Report on vaccination North-West Frontier Province 1904-1922 - 1904-1922
Year: 1904
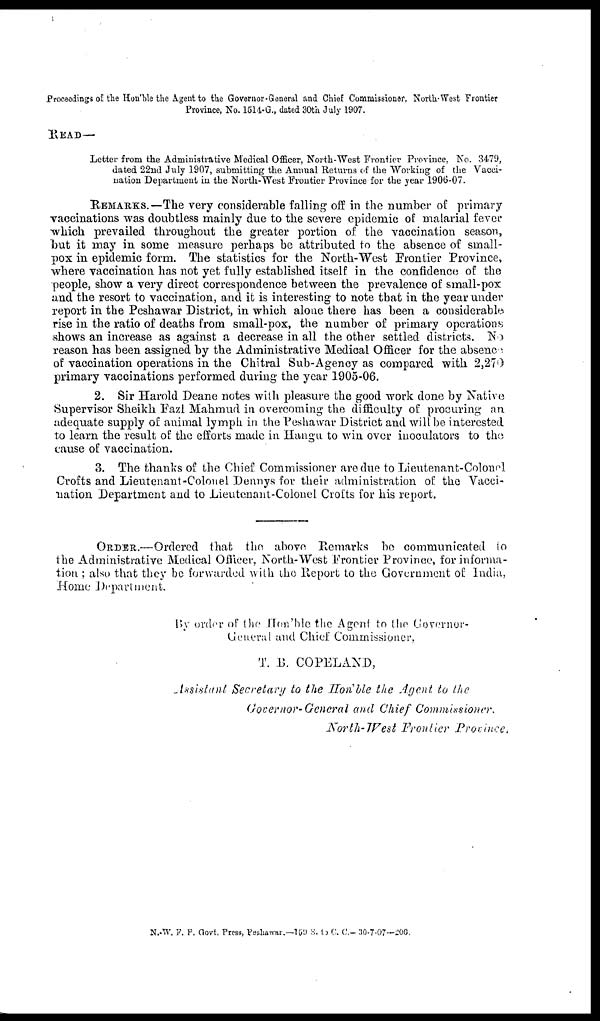
Proceedings of the Hon'ble the Agent to the Governor-General and Chief Commissioner, North-West Frontier
Province, No. 1514-G., dated 30th July 1907.
READ—
Letter from the Administrative Medical Officer, North-West Frontier Province, No. 3479,
dated 22nd July 1907, submitting the Annual Returns of the Working of the Vacci-
nation Department in the North-West Frontier Province for the year 1906-07.
REMARKS.—The very considerable falling off in the number of primary
vaccinations was doubtless mainly due to the severe epidemic of malarial fever
which prevailed throughout the greater portion of the vaccination season,
but it may in some measure perhaps be attributed to the absence of small-
pox in epidemic form. The statistics for the North-West Frontier Province,
where vaccination has not yet fully established itself in the confidence of the
people, show a very direct correspondence between the prevalence of small-pox
and the resort to vaccination, and it is interesting to note that in the year under
report in the Peshawar District, in which alone there has been a considerable
rise in the ratio of deaths from small-pox, the number of primary operations
shows an increase as against a decrease in all the other settled districts. No
reason has been assigned by the Administrative Medical Officer for the absence
of vaccination operations in the Chitral Sub-Agency as compared with 2,270
primary vaccinations performed during the year 1905-06.
2. Sir Harold Deane notes with pleasure the good work done by Native
Supervisor Sheikh Fazl Mahmud in overcoming the difficulty of procuring an
adequate supply of animal lymph in the Peshawar District and will be interested
to learn the result of the efforts made in Hangu to win over inoculators to the
cause of vaccination.
3. The thanks of the Chief Commissioner are due to Lieutenant-Colonel
Crofts and Lieutenant-Colonel Dennys for their administration of the Vacci-
nation Department and to Lieutenant-Colonel Crofts for his report.
ORDER.—Ordered that the above Remarks be communicated to
the Administrative Medical Officer, North-West Frontier Province, for informa-
tion; also that they be forwarded with the Report to the Government of India,
Home Department.
By order of the Hon'ble the Agent to the Governer¬
General and Chief Commissioner,
T. B. COPELAND,
Assistant Secretary to the Hon'ble the Agent to the
Governor-General and Chief Commissioner.
North-West Frontier Province.
N.-W. F. P. Govt. Press, Peshawar.—159 8. to C. C.—30-7-07—206.